Report of the Municipal Commissioner on the plague in Bombay for the year ending 31st May... - Volume 3
Disease focus: Plague
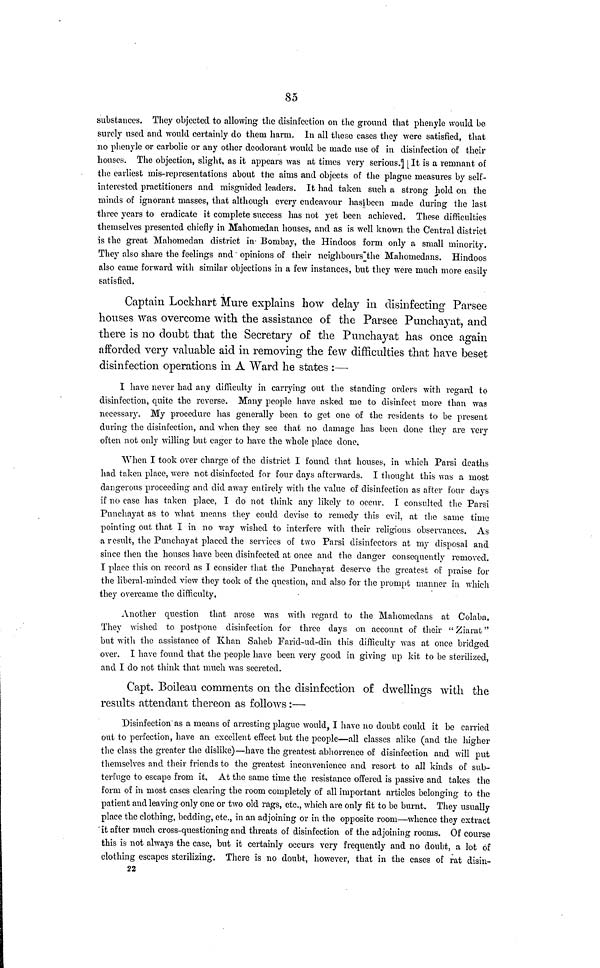
85
substances. They objected to allowing the disinfection on the ground that phenyle would be
surely used and would certainly do them harm. In all these cases they were satisfied, that
no phenyle or carbolic or any other deodorant would be made use of in disinfection of their
houses. The objection, slight, as it appears was at times very serious. It is a remnant of
the earliest mis-representations about the aims and objects of the plague measures by self-
interested practitioners and misguided leaders. It had taken such a strong hold on the
minds of ignorant masses, that although every endeavour has been made during the last
three years to eradicate it complete success has not yet been achieved. These difficulties
themselves presented chiefly in Mahomedan houses, and as is "well known the Central district
is the great Mahomedan district in Bombay, the Hindoos form only a small minority.
They also share the feelings and opinions of their neighbours the Mahomedans. Hindoos
also came forward with similar objections in a few instances, but they were much more easily
satisfied.
Captain Lockhart Mure explains how delay in disinfecting Parsee
houses was overcome with the assistance o£ the Parsee Punchayat, and
there is no doubt that the Secretary of the Punchayat has once again
afforded very valuable aid in removing the few difficulties that have beset
disinfection operations in A Ward he states :—•
I have never had any difficulty in carrying out the standing orders with regard to
disinfection, quite the reverse. Many people have asked me to disinfect more than was
necessary. My procedure has generally been to get one of the residents to be present
during the disinfection, and when they see that no damage has been done they are very
often not only willing but eager to have the whole place done.
When I took over charge of the district I found that houses, in which Parsi deaths
had taken place, were not disinfected for four days afterwards. I thought this was a most
dangerous proceeding and did away entirely with the value of disinfection as after four days
if no case has taken place, I do not think any likely to occur. I consulted the Parsi
Punchayat as to what means they could devise to remedy this evil, at the same time
pointing out that I in no way wished to interfere with their religious observances. As
a result, the Punchayat placed the services of two Parsi disinfectors at my disposal and
since then the houses have been disinfected at once and the danger consequently removed.
I place this on record as I consider that the Punchayat deserve the greatest of praise for
the liberal-minded view they took of the question, and also for the prompt manner in which
they overcame the difficulty.
Another question that arose was with regard to the Mahomedans at Colaba.
They wished to postpone disinfection for three days on account of their " Ziarat "
but with the assistance of Khan Saheb Farid-ud-din this difficulty was at once bridged
over. I have found that the people have been very good in giving up kit to be sterilized,
and I do not think that much was secreted.
Capt. Boileau comments on the disinfection of dwellings with the
results attendant thereon as follows :—
Disinfection as a means of arresting plague would, I have no doubt could it be carried
out to perfection, have an excellent effect but the people—all classes alike (and the higher
the class the greater the dislike)—have the greatest abhorrence of disinfection and will put
themselves and their friends to the greatest inconvenience and resort to all kinds of sub-
terfuge to escape from it. At the same time the resistance offered is passive and takes the
form of in most cases clearing the room completely of all important articles belonging to the
patient and leaving only one or two old rags, etc., which are only fit to be burnt. They usually
place the clothing, bedding, etc., in an adjoining or in the opposite room—whence they extract
it after much cross-questioning and threats of disinfection of the adjoining rooms. Of course
this is not always the case, but it certainly occurs very frequently and no doubt, a lot of
clothing escapes sterilizing. There is no doubt, however, that in the cases of rat disin-
22